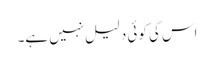
اس کی کوئی دلیل نہیں ہے۔